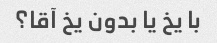
با یخ یا بدون یخ آقا؟